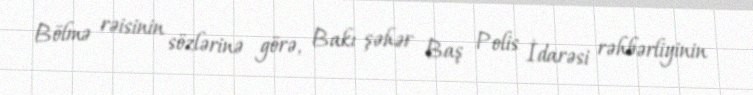
Bölmə rəisinin sözlərinə görə, Bakı şəhər Baş Polis İdarəsi rəhbərliyinin